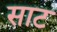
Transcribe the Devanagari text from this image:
साट